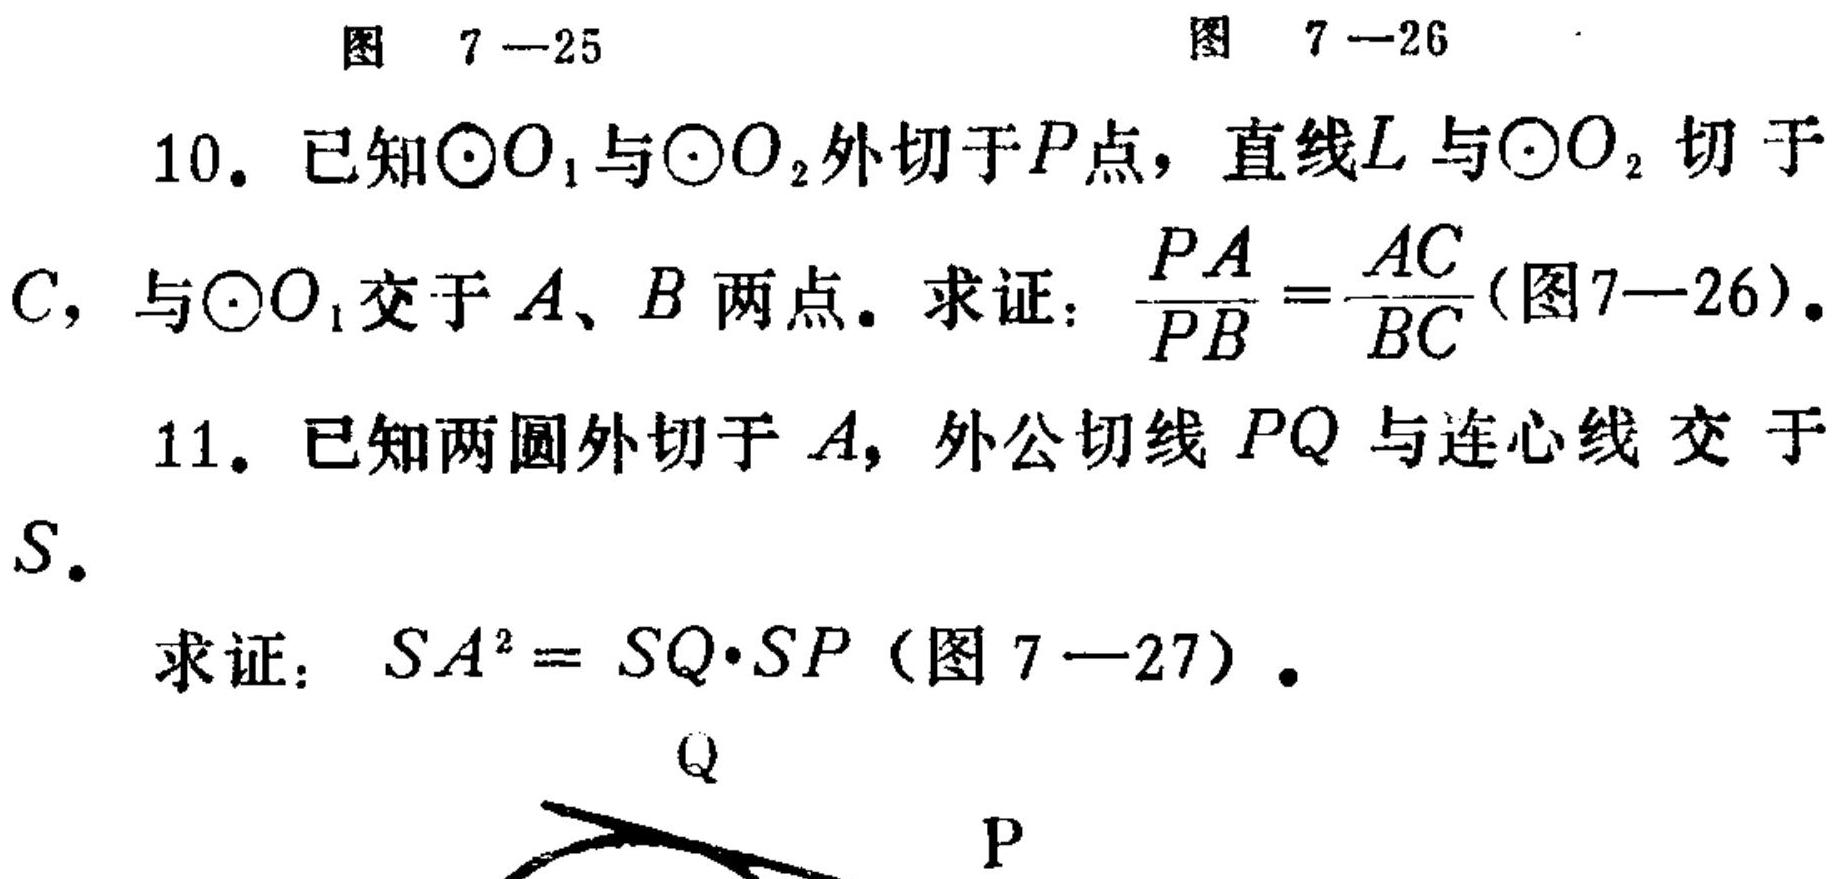
图 7—25                图 7—26
10. 已知$\odot O_{1}$与$\odot O_{2}$外切于$P$点，直线$L$与$\odot O_{2}$切于
$C$，与$\odot O_{1}$交于$A、B$两点。求证：$\frac{PA}{PB}=\frac{AC}{BC}$(图7—26)。
11. 已知两圆外切于$A$，外公切线$PQ$与连心线 交于
$S$。
求证：$SA^{2}=SQ\cdot SP$（图 7—27）。
Q
P